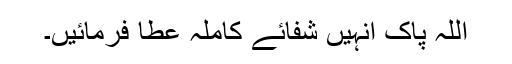
اللہ پاک انہیں شفائے کاملہ عطا فرمائیں۔